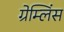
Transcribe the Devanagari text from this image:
ग्रेम्लिंस